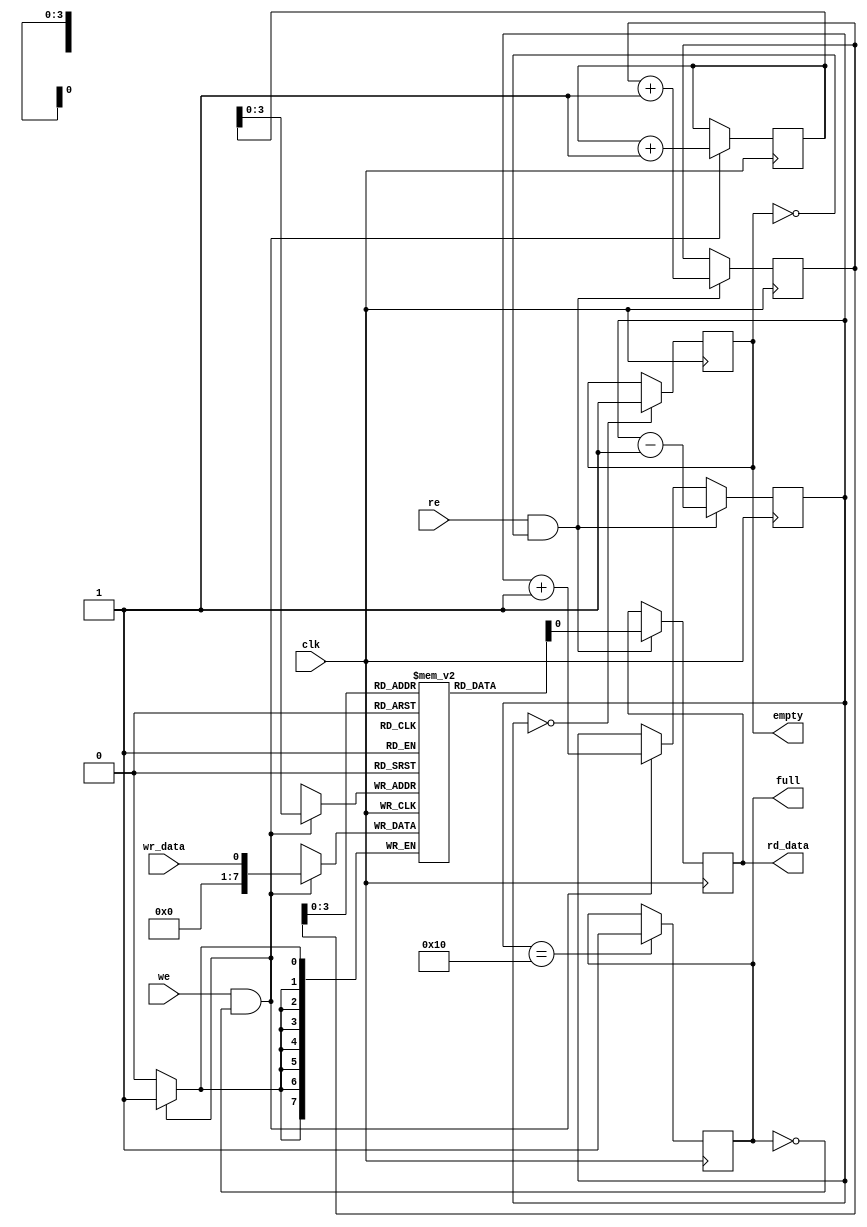
module fifo_buffer (
    input wire clk,
    input wire we,
    input wire wr_data,
    input wire re,
    output reg rd_data,
    output reg empty,
    output reg full
);

parameter WIDTH = 8;
parameter DEPTH = 16;

reg [WIDTH-1:0] buffer [0:DEPTH-1];
reg [4:0] wr_ptr = 0;
reg [4:0] rd_ptr = 0;
reg [4:0] count = 0;

always @(posedge clk) begin
    if (we && ~full) begin
        buffer[wr_ptr] <= wr_data;
        wr_ptr <= wr_ptr + 1;
        count <= count + 1;
        if (count == DEPTH) full <= 1;
    end
    
    if (re && ~empty) begin
        rd_data <= buffer[rd_ptr];
        rd_ptr <= rd_ptr + 1;
        count <= count - 1;
        if (count == 0) empty <= 1;
    end
    
    if (count == 0) empty <= 1;
    if (count == DEPTH) full <= 1;
end

endmodule